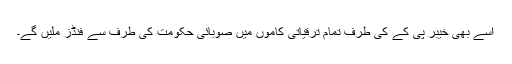
اسے بھی خیبر پی کے کی طرف تمام ترقیاتی کاموں میں صوبائی حکومت کی طرف سے فنڈز ملیں گے۔